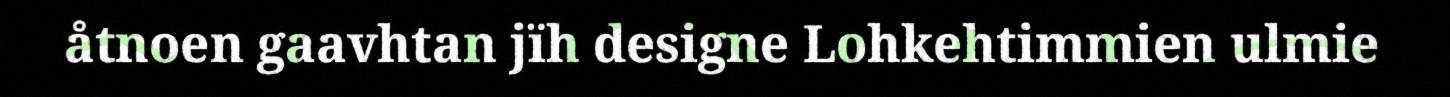
åtnoen gaavhtan jïh designe Lohkehtimmien ulmie